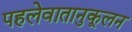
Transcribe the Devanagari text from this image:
पहलेवातानुकूलन